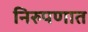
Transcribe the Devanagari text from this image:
निरुपणात